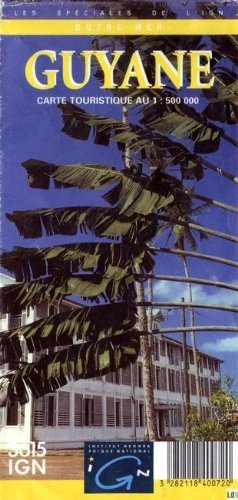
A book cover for French Guiana Guyane (Guyane franÃ§aise) 1:500,000 Travel Map IGN; IGN; Travel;